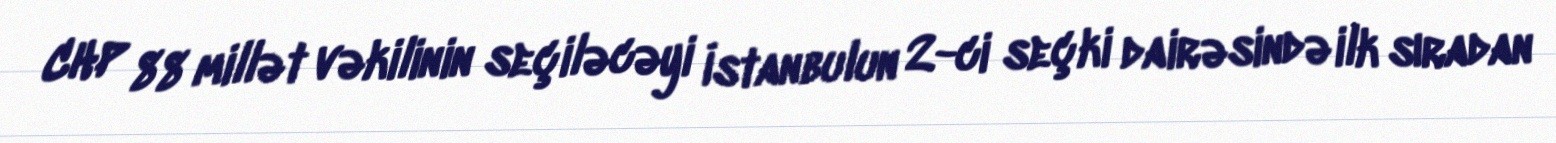
CHP 88 millət vəkilinin seçiləcəyi İstanbulun 2-ci seçki dairəsində ilk sıradan